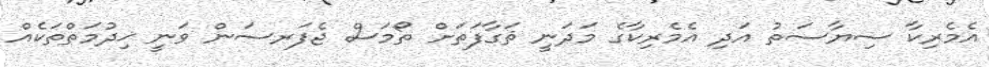
އެމެރިކާ ސިޔާސަތު އަދި އެމެރިކާގެ މަދަނީ ޘަގާފަތަށް ތޯމަސް ޖެފަރސަން ވަނީ ޚިދުމަތްތަކެއް